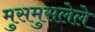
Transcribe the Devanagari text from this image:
मुसमुसलेले